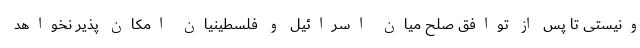
ونیستی تا پس از توافق صلح میان اسرائیل و فلسطینیان امکان پذیر نخواهد